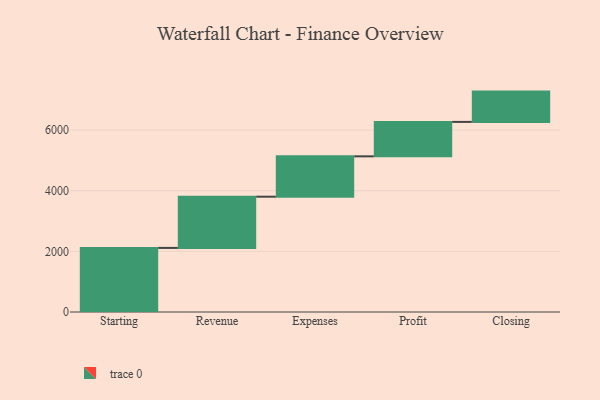
{"axis": {"x": "Step", "y": "Value"}, "legend": [""], "data": [{"x": "Starting", "y": 2115.0, "type": ""}, {"x": "Revenue", "y": 1690.0, "type": ""}, {"x": "Expenses", "y": 1332.0, "type": ""}, {"x": "Profit", "y": 1136.0, "type": ""}, {"x": "Closing", "y": 1000, "type": ""}]}